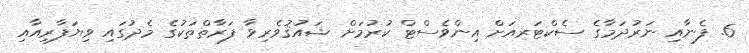
6. ފެނާއި ނަރުދަމާގެ ސެކްޓަރއަށް އިންވެސްޓް ކުރުމަށް ޝައުޤުވެރިވާ ފަރާތްތަކުގެ މެދުގައި ވިޔަފާރިއާއި